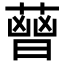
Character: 𦻤